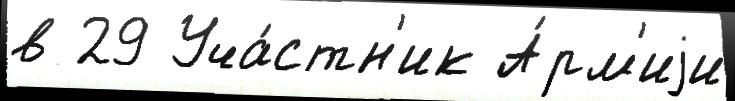
в 29 Уча́стн'ик А́рм'иjи